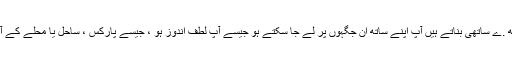
کتے اچھ .ے ساتھی بناتے ہیں آپ اپنے ساتھ ان جگہوں پر لے جا سکتے ہو جیسے آپ لطف اندوز ہو ، جیسے پارکس ، ساحل یا محلے کے آس پاس۔